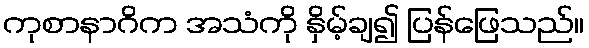
ကုစာနာဂိက အသံကို နှိမ့်ချ၍ ပြန်ဖြေသည်။